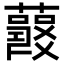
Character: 𧃱